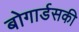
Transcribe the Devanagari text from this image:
बोगार्डसकी